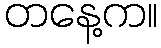
တနေ့က။